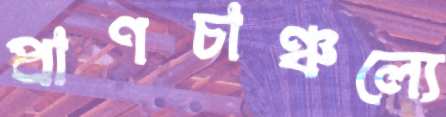
প্রাণচাঞ্চল্যে